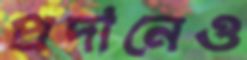
প্রদানেও